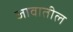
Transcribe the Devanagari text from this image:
जावातील